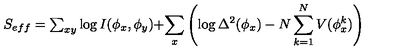
\begin{matrix} { S _ { e f f } = \sum _ { x y } \log I ( \phi _ { x } , \phi _ { y } ) + } \\ { \sum _ { x } \left( \log \Delta ^ { 2 } ( \phi _ { x } ) - N \sum _ { k = 1 } ^ { N } V ( \phi _ { x } ^ { k } ) \right) } \\ \end{matrix}